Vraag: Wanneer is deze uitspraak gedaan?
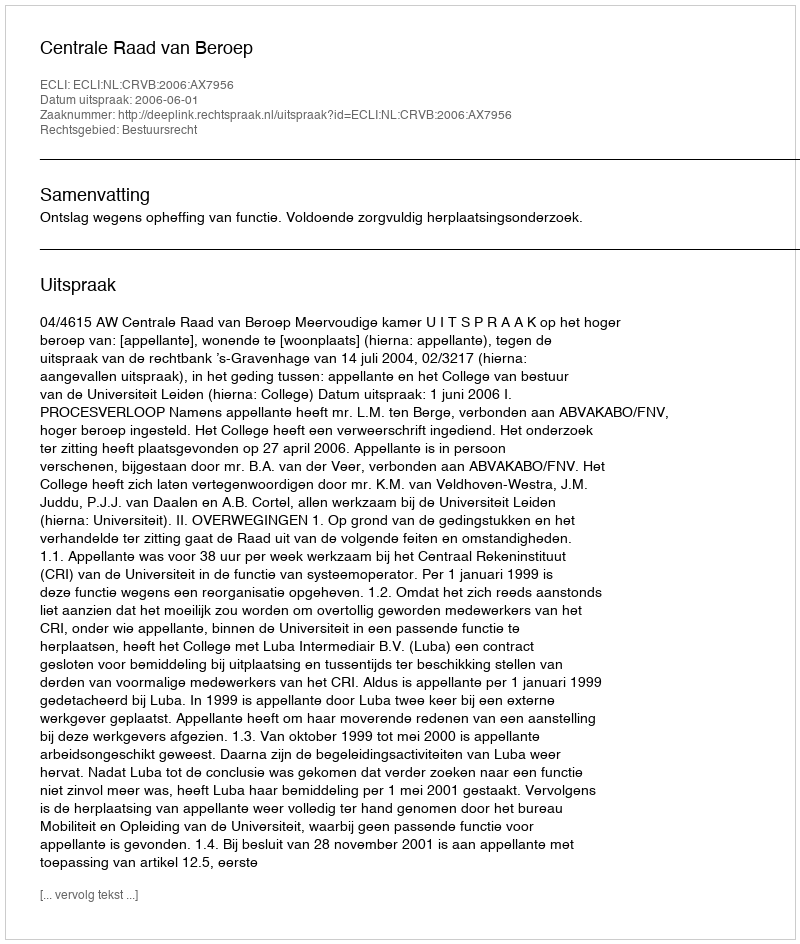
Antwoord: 2006-06-01